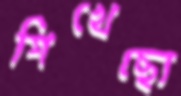
শিখেছো